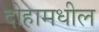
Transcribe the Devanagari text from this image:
दोहामधील